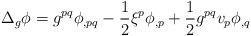
\begin{align*}\Delta_g \phi&=g^{pq}\phi_{,pq}-\frac{1}{2}\xi^p\phi_{,p}+\frac{1}{2}g^{pq}v_p\phi_{,q}\end{align*}